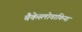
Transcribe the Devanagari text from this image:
चैकेस्लोवाकिया